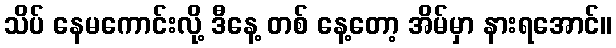
သိပ် နေမကောင်းလို့ ဒီနေ့ တစ် နေ့တော့ အိမ်မှာ နားရအောင်။